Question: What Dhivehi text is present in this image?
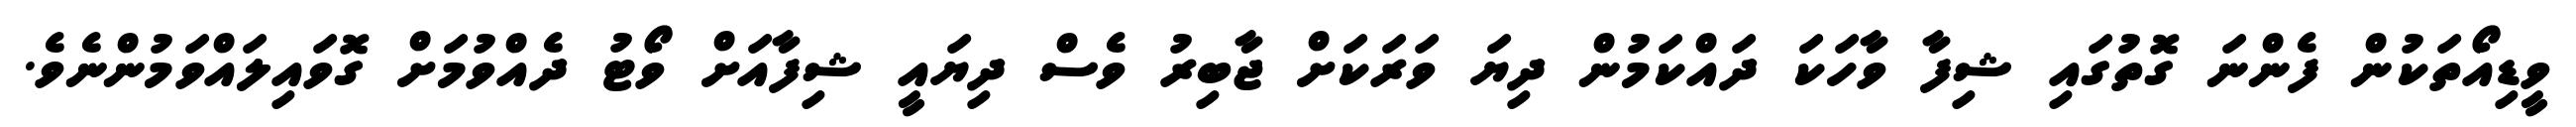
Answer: ވީޑިއޯތަކުން ފެންނަ ގޮތުގައި ޝިފާ ވާހަކަ ދައްކަމުން ދިޔަ ވަރަކަށް ޖާބިރު ވެސް ދިޔައީ ޝިފާއަށް ވޯޓު ދެއްވުމަށް ގޮވައިލައްވަމުންނެވެ.